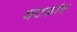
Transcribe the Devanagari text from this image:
घटकांच